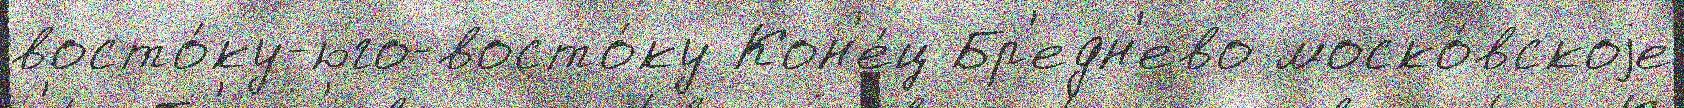
восто́ку-юго-восто́ку Кон'е́ц Бр'едн'ево моско́вскоjе